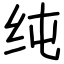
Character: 纯